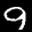
Label: 9